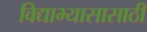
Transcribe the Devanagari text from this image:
विद्याभ्यासासाठी